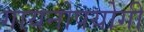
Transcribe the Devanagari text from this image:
गायनोपयोगी